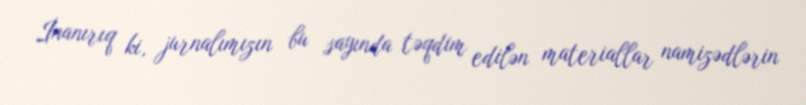
İnanırıq ki, jurnalımızın bu sayında təqdim edilən materiallar namizədlərin